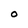
Character: O